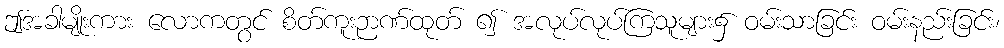
ဤအခါမျိုးကား လောကတွင် စိတ်ကူးဉာဏ်ထုတ် ၍ အလုပ်လုပ်ကြသူများ၌ ဝမ်းသာခြင်း ဝမ်းနည်းခြင်း၊